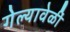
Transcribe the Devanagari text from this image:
गेल्यावेळीं